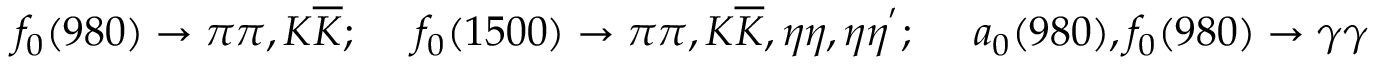
f _ { 0 } ( 9 8 0 ) \to \pi \pi , K \overline { { K } } ; \quad \ f _ { 0 } ( 1 5 0 0 ) \to \pi \pi , K \overline { { K } } , \eta \eta , \eta \eta ^ { ' } ; \quad \ a _ { 0 } ( 9 8 0 ) , f _ { 0 } ( 9 8 0 ) \to \gamma \gamma \nonumber